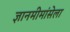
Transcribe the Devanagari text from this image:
ज्ञानमीमांसेला